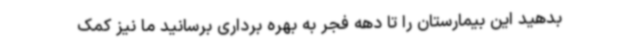
بدهید این بیمارستان را تا دهه فجر به بهره برداری برسانید ما نیز کمک